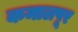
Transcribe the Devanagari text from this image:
कमालपूर